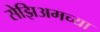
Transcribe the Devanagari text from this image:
सेझिअमच्या